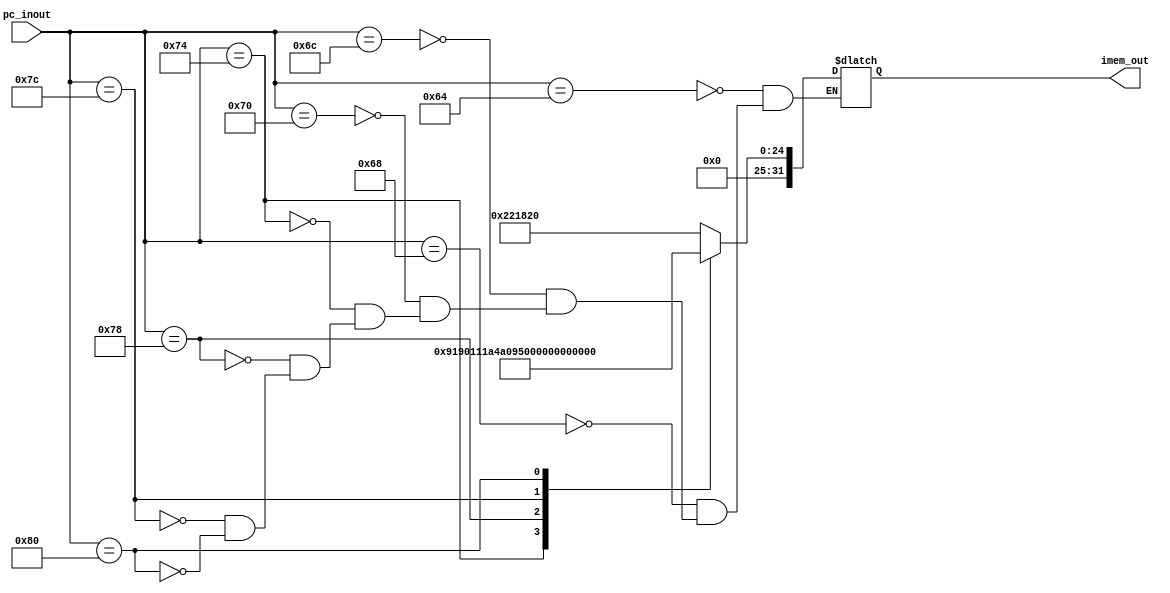
`timescale 1ns / 1ps
//////////////////////////////////////////////////////////////////////////////////
// Company: 
// Engineer: 
// 
// Design Name: junwoo seo
// Module Name: IMEM
// Project Name: mips
// Target Devices: 
// Tool Versions: 
// Description: 
// 
// Dependencies: 
// 
// Revision:
// Revision 0.01 - File Created
// Additional Comments:
// 
//////////////////////////////////////////////////////////////////////////////////


module IMEM(
    input [31:0] pc_inout,
    output reg [31:0] imem_out
    );
    reg [31:0] MEMO [0:250];
    
    always @(pc_inout)
    begin
    case (pc_inout)
        100: imem_out = 32'h00221820;
        104: imem_out = 32'h00221820; //stall
        108: imem_out = 32'h00221820; //stall
        112: imem_out = 32'h00221820; //stall
        116: imem_out = 32'h01232022;
        120: imem_out = 32'h00692825;
        124: imem_out = 32'h00693026;
        128: imem_out = 32'h00693824;
    endcase
    end
endmodule